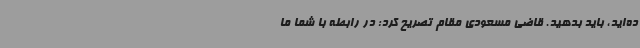
ده‌اید، باید بدهید. قاضی مسعودی مقام تصریح کرد: در رابطه با شما ما